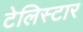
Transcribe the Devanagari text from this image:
टेलिस्टार